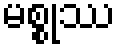
မစ္စုဿ